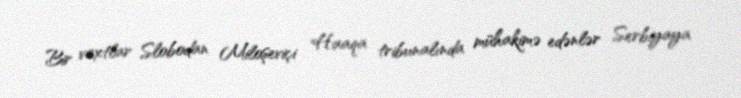
Bir vaxtlar Slobodan Miloşeviçi Haaqa tribunalında mühakimə edənlər Serbiyaya